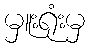
မှူးရုံးမှ